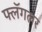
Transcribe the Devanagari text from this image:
फ्लॅगलर